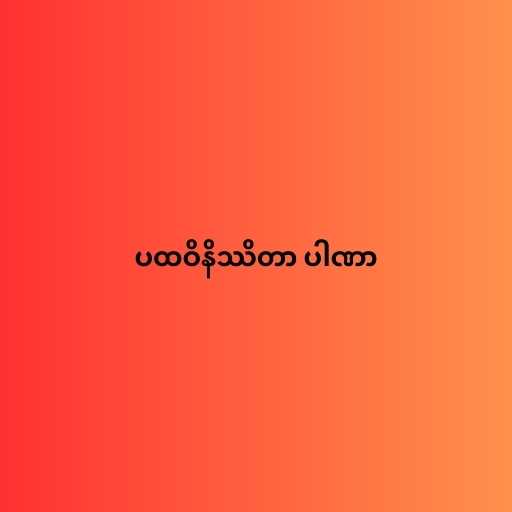
ပထဝိနိဿိတာ ပါဏာ